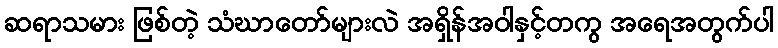
ဆရာသမား ဖြစ်တဲ့ သံဃာတော်များလဲ အရှိန်အဝါနှင့်တကွ အရေအတွက်ပါ